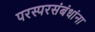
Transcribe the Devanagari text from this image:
परस्परसंबंधांना